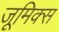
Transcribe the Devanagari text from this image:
जूमिक्स